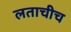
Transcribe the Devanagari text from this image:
लताचीच